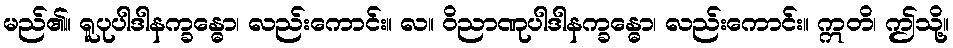
မည်၏။ ရူပုပါဒါနက္ခန္ဓော၊ လည်းကောင်း။ လ။ ဝိညာဏုပါဒါနက္ခန္ဓော၊ လည်းကောင်း။ ဣတိ၊ ဤသို့။